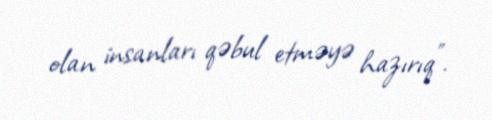
olan insanları qəbul etməyə hazırıq”.